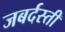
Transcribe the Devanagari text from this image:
जबर्दस्‍ती